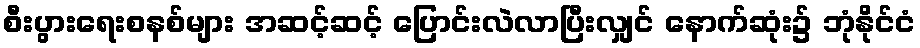
စီးပွားရေးစနစ်များ အဆင့်ဆင့် ပြောင်းလဲလာပြီးလျှင် နောက်ဆုံး၌ ဘုံနိုင်ငံ